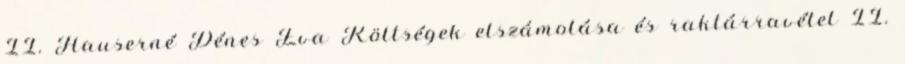
II. Hauserné Dénes Éva Költségek elszámolása és raktárravétel II.